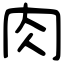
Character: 肉